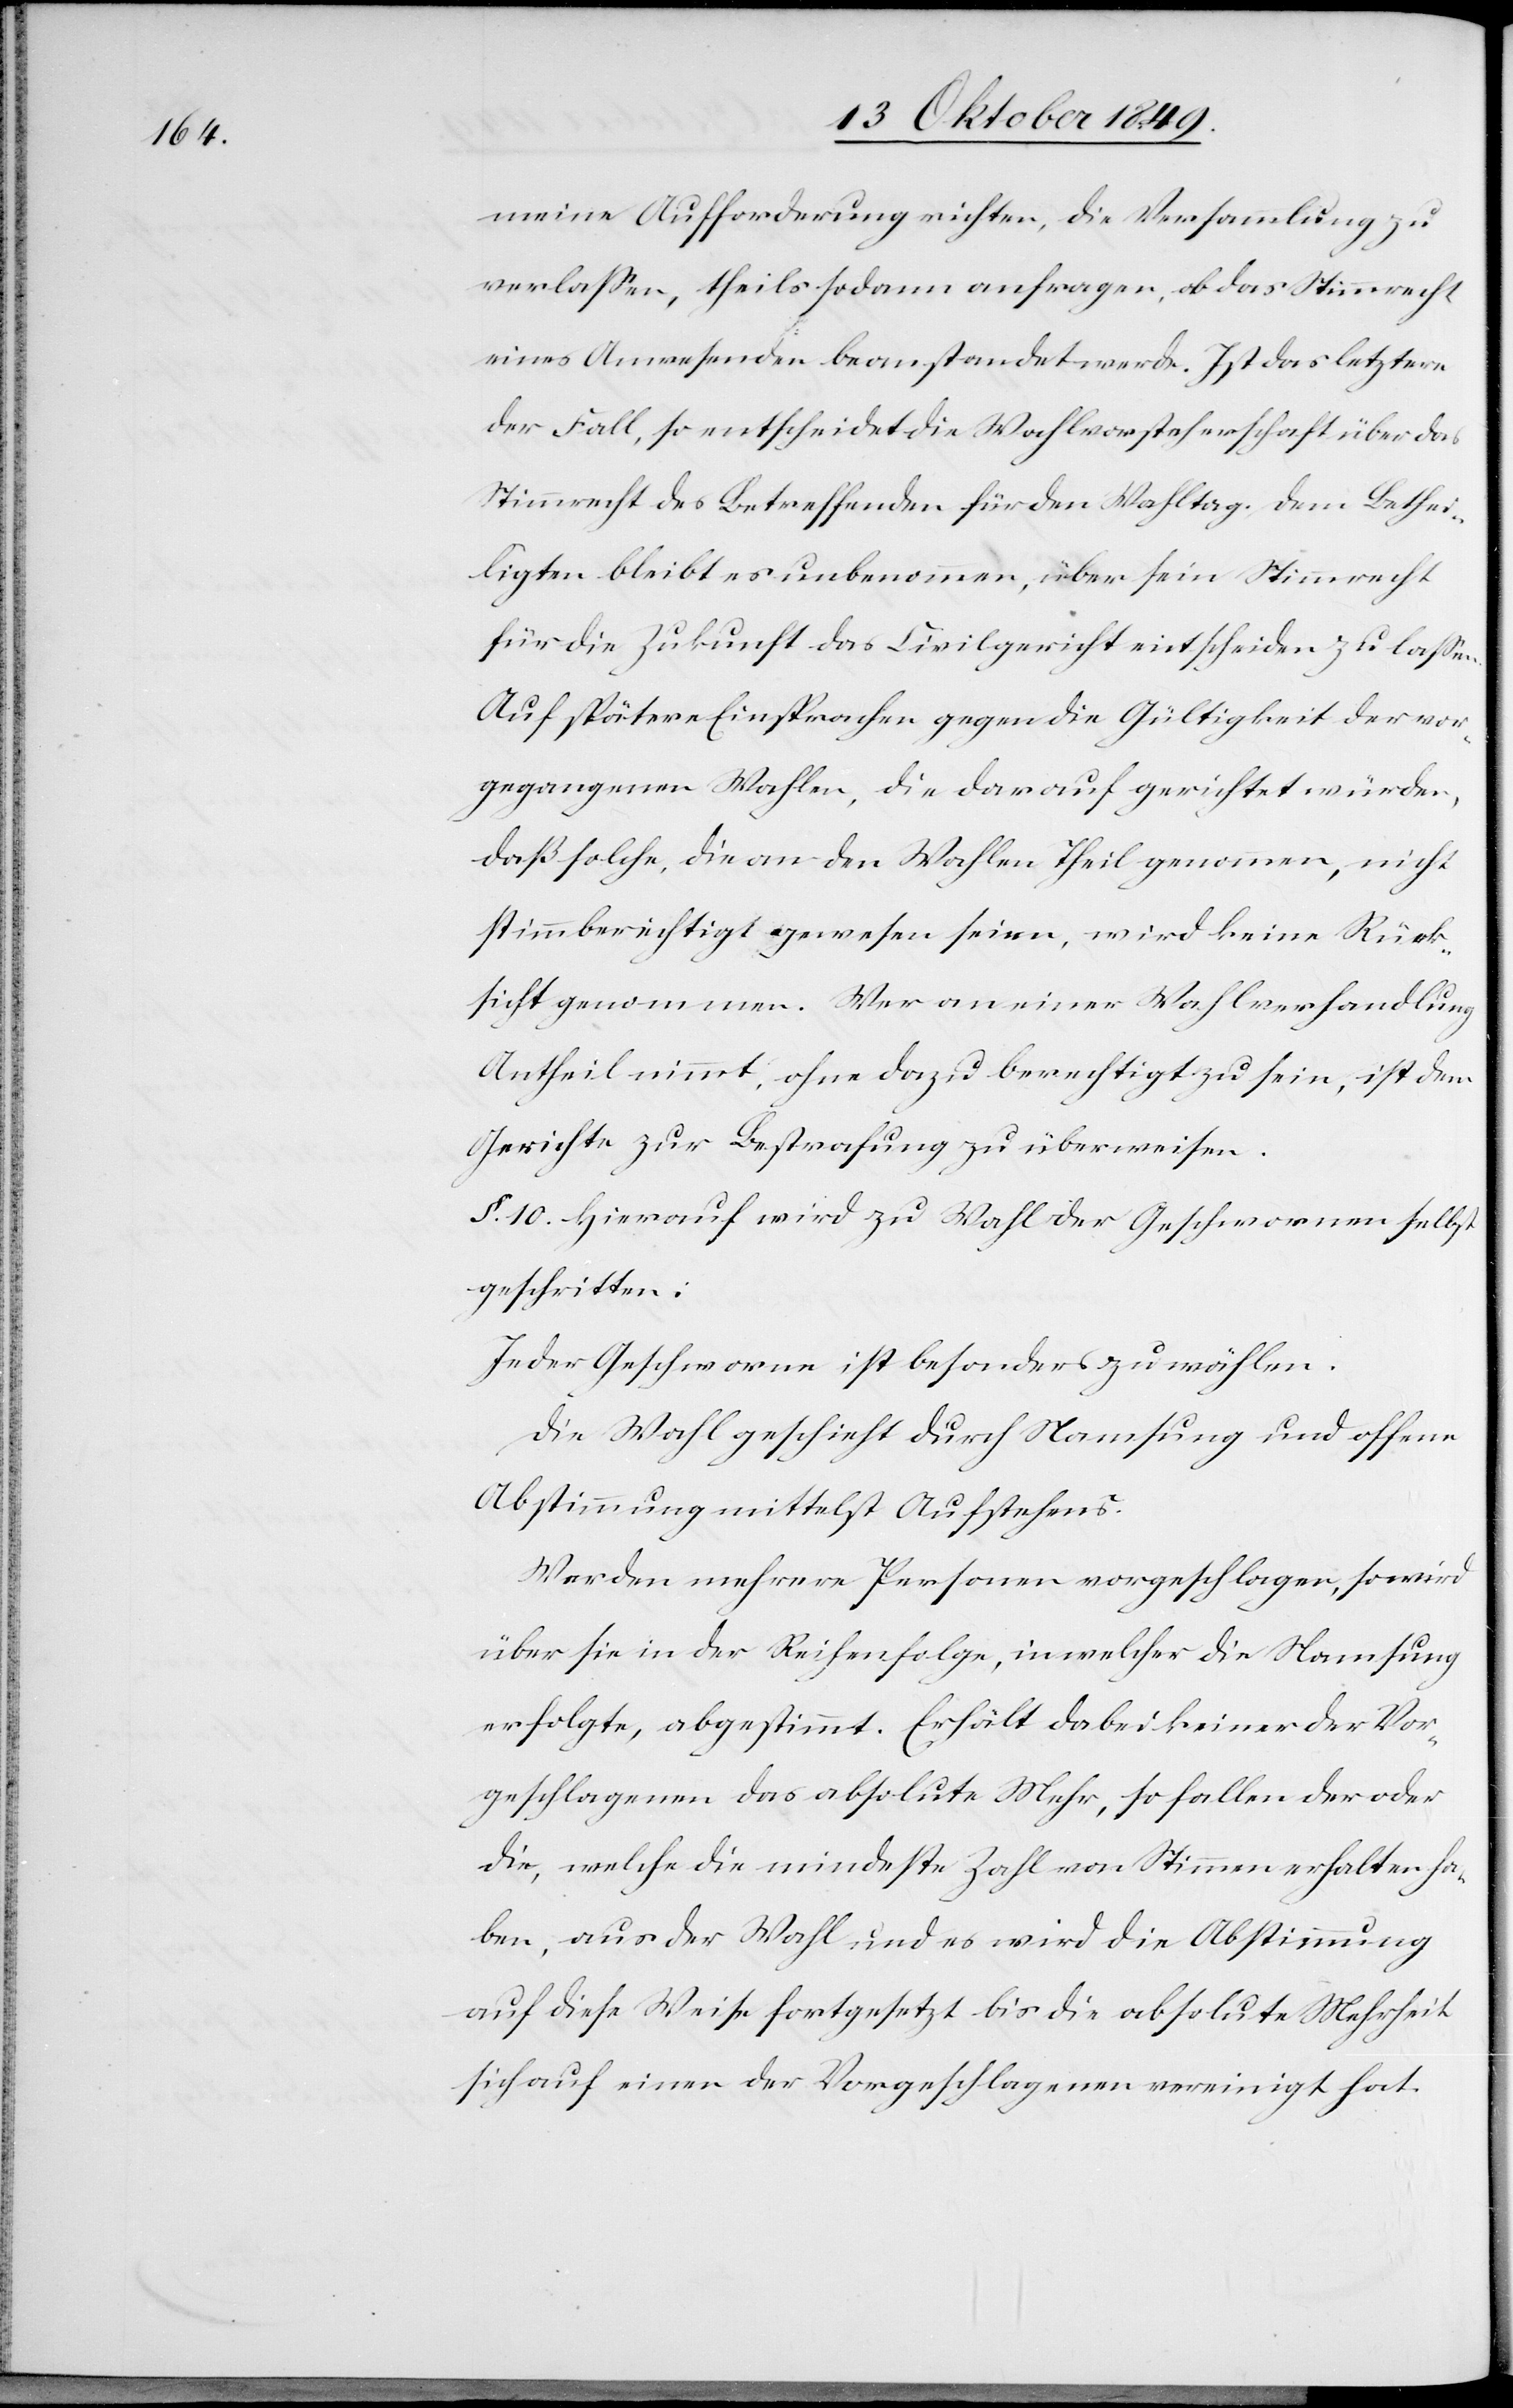
meine Aufforderung richten, die Versammlung zu
verlaßen, theils sodann anfragen, ob das Stimmrecht
eines Anwesenden beanstandet werde. Ist das letztere
der Fall, so entscheidet die Wahlvorsteherschaft über das
Stimmrecht des Betreffenden für den Wahltag. Dem Bethei¬
ligten bleibt es unbenommen, über sein Stimmrecht
für die Zukunft das Civilgericht entscheiden zu laßen.
Auf spätere Einsprachen gegen die Gültigkeit der vor¬
gegangenen Wahlen, die darauf gerichtet würden,
daß solche, die an den Wahlen Theil genommen, nicht
stimmberechtigt gewesen seien, wird keine Rück¬
sicht genommen. Wer an einer Wahlverhandlung
Antheil nimmt, ohne dazu berechtigt zu sein, ist dem
Gerichte zur Bestrafung zu überweisen.
§ 10. Hierauf wird zur Wahl der Geschworenen selbst
geschritten:
Jeder Geschworene ist besonders zu wählen.
Die Wahl geschieht durch Namsung und offene
Abstimmung mittelst Aufstehens.
Werden mehrere Personen vorgeschlagen, so wird
über sie in der Reihenfolge, in welcher die Namsung
erfolgte, abgestimmt. Erhält dabei keiner der Vor¬
geschlagenen das absolute Mehr, so fallen der oder
die, welche die mindeste Zahl von Stimmen erhalten ha¬
ben, aus der Wahl und es wird die Abstimmung
auf diese Weise fortgesetzt bis die absolute Mehrheit
sich auf einen der Vorgeschlagenen vereinigt hat.